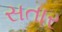
સતાર